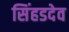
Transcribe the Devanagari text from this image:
सिंहडदेव